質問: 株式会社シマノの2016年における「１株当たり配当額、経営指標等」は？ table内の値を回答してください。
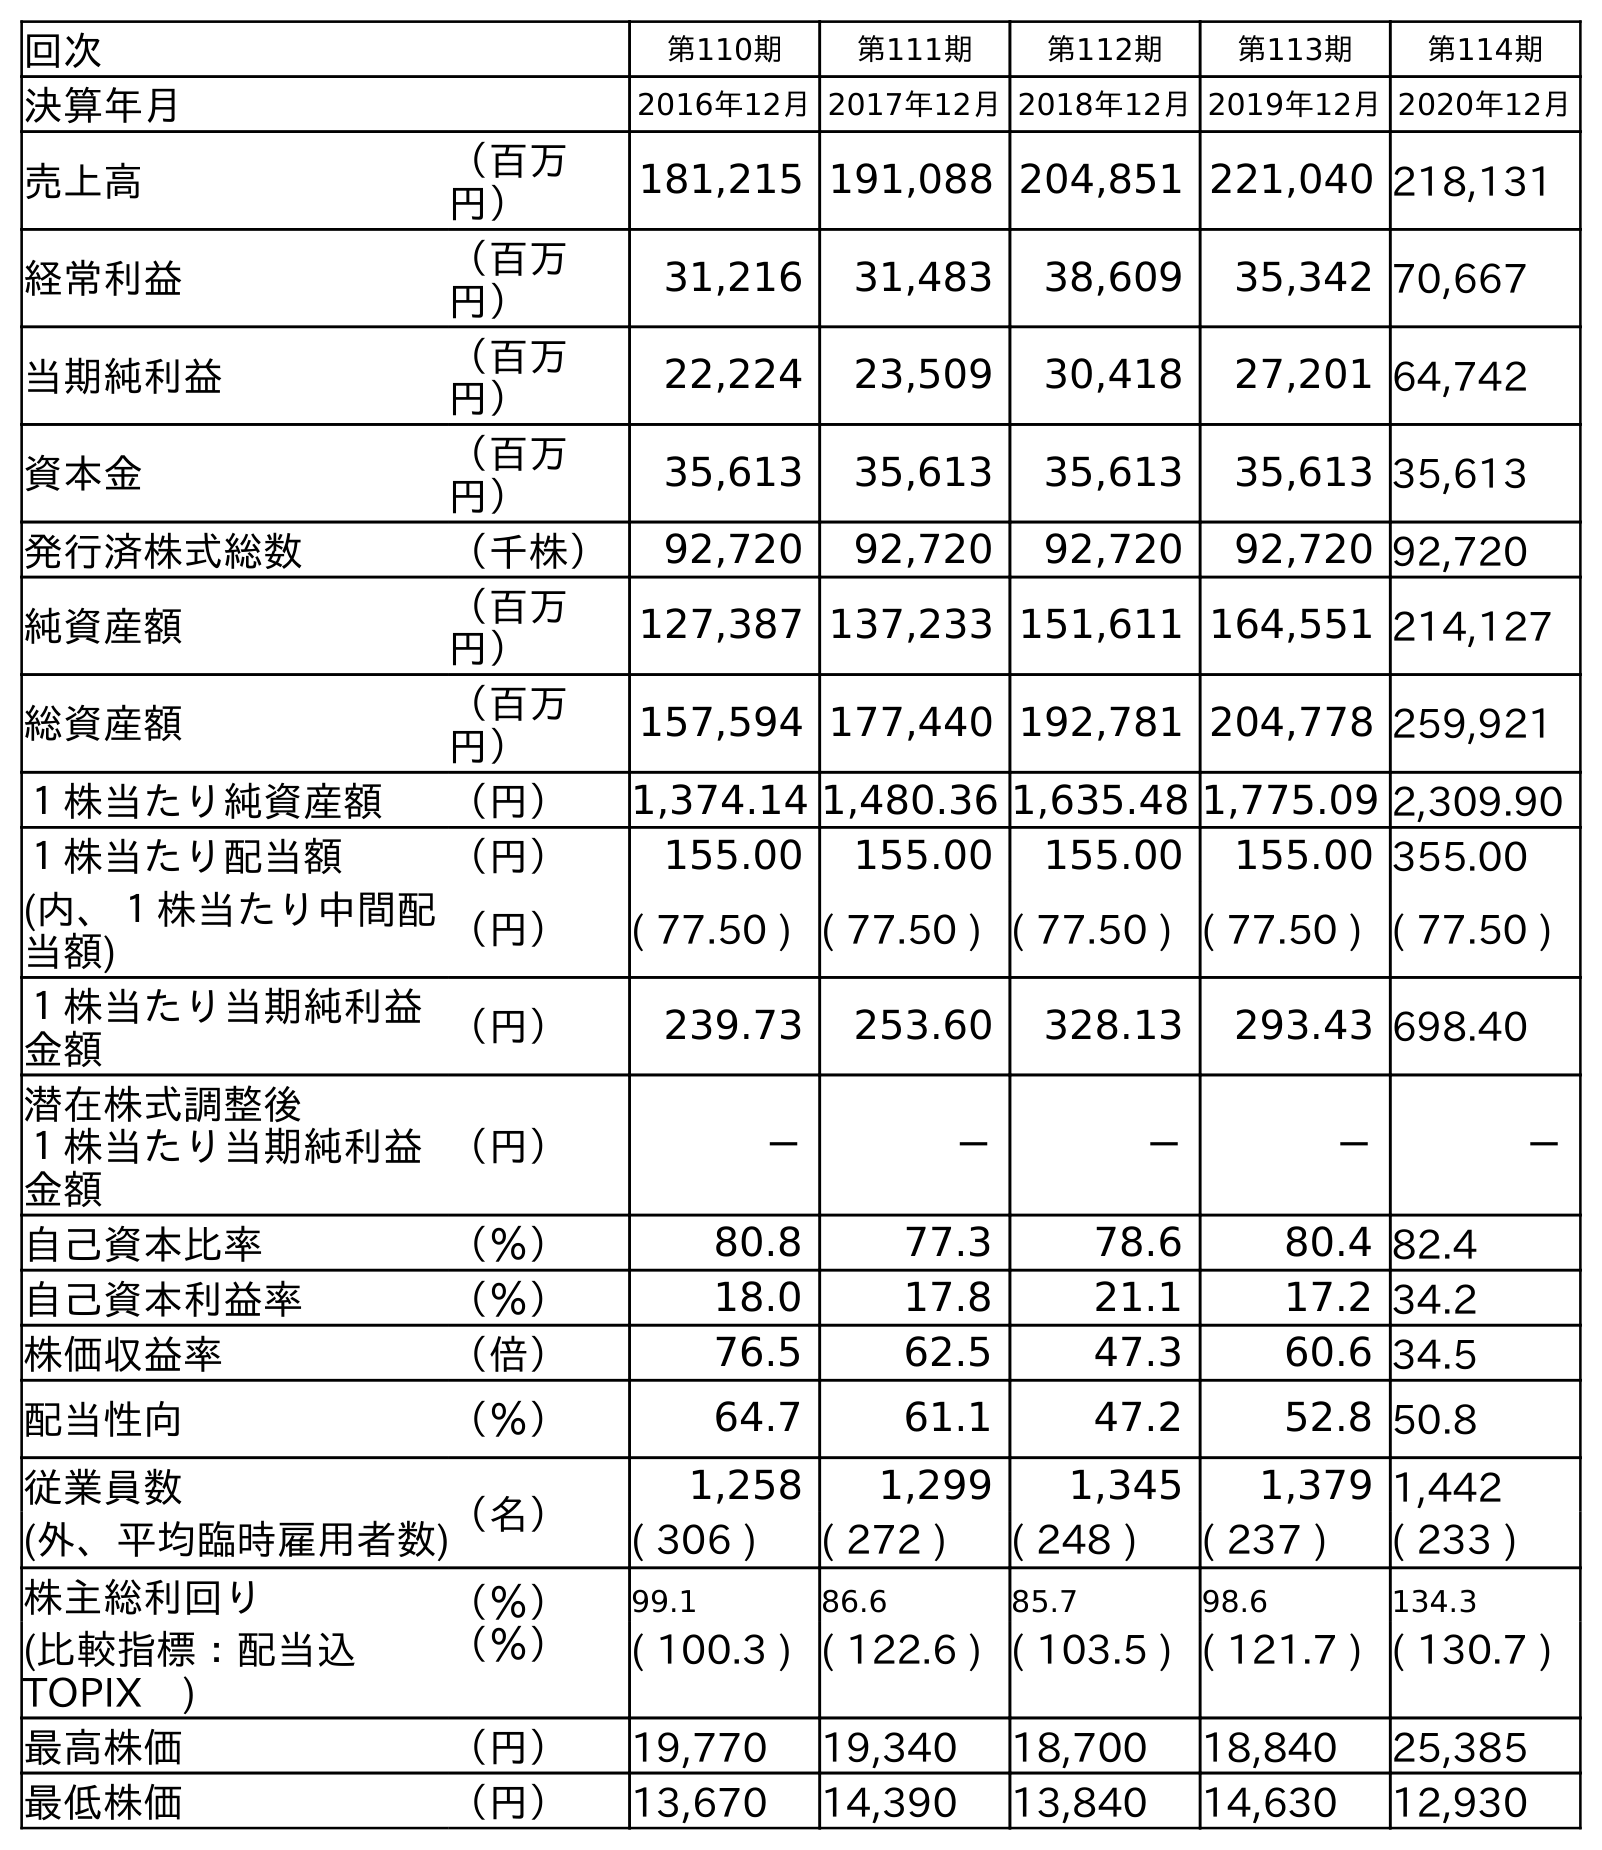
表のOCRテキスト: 回次 第110期 第111期 第112期 第113期 第114期 決算年月 2016年12月2017年12月2018年12月2019年12月2020年12月 売上高 （百万 円） 181,215 191,088 204,851 221,040 218,131 経常利益 （百万 円） 31,216 31,483 38,609 35,342 70,667 当期純利益 （百万 円） 22,224 23,509 30,418 27,201 64,742 資本金 （百万 円） 35,613 35,613 35,613 35,613 35,613 発行済株式総数 （千株） 92,720 92,720 92,720 92,720 92,720 純資産額 （百万 円） 127,387 137,233 151,611 164,551 214,127 総資産額 （百万 円） 157,594 177,440 192,781 204,778 259,921 １株当たり純資産額 （円） 1,374.14 1,480.36 1,635.48 1,775.09 2,309.90 １株当たり配当額 （円） 155.00 155.00 155.00 155.00 355.00 (内、１株当たり中間配 当額) （円） ( 77.50 ) ( 77.50 ) ( 77.50 ) ( 77.50 ) ( 77.50 ) １株当たり当期純利益 金額 （円） 239.73 253.60 328.13 293.43 698.40 潜在株式調整後 １株当たり当期純利益 金額 （円） － － － － － 自己資本比率 （％） 80.8 77.3 78.6 80.4 82.4 自己資本利益率 （％） 18.0 17.8 21.1 17.2 34.2 株価収益率 （倍） 76.5 62.5 47.3 60.6 34.5 配当性向 （％） 64.7 61.1 47.2 52.8 50.8 従業員数 （名） 1,258 1,299 1,345 1,379 1,442 (外、平均臨時雇用者数) ( 306 ) ( 272 ) ( 248 ) ( 237 ) ( 233 ) 株主総利回り （％） 99.1 86.6 85.7 98.6 134.3 (比較指標：配当込 TOPIX ) （％） ( 100.3 ) ( 122.6 ) ( 103.5 ) ( 121.7 ) ( 130.7 ) 最高株価 （円） 19,770 19,340 18,700 18,840 25,385 最低株価 （円） 13,670 14,390 13,840 14,630 12,930
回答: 155.00